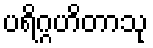
ပရိဂ္ဂဟိတာသု